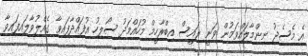
އެ މެސެޖު ނިންމާލައްވަމުން ވަނީ ރައީސް އިބްރާހީމް މުހައްމަދު ސޯލިހު އުފައްދާފައިވާ ގެއްލުވާލައިފައިވާ